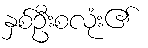
နှစ်ဦးစလုံး၏